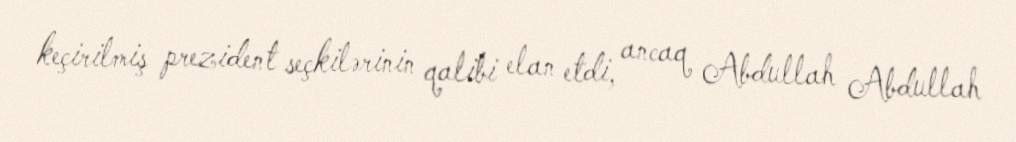
keçirilmiş prezident seçkilərinin qalibi elan etdi, ancaq Abdullah Abdullah